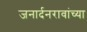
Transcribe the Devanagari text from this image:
जनार्दनरावांच्या